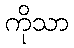
ကိုသာ